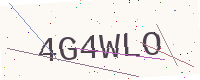
Text: 4G4WLO